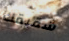
شقيقك